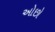
ઓછો